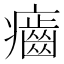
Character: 𤻽